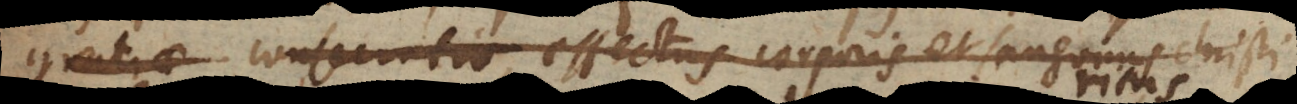
gratiae consecratio effectus corporis et sanguinis